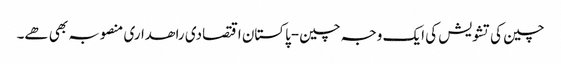
چین کی تشویش کی ایک وجہ چین-پاکستان اقتصادی راھداری منصوبہ بھی ھے۔